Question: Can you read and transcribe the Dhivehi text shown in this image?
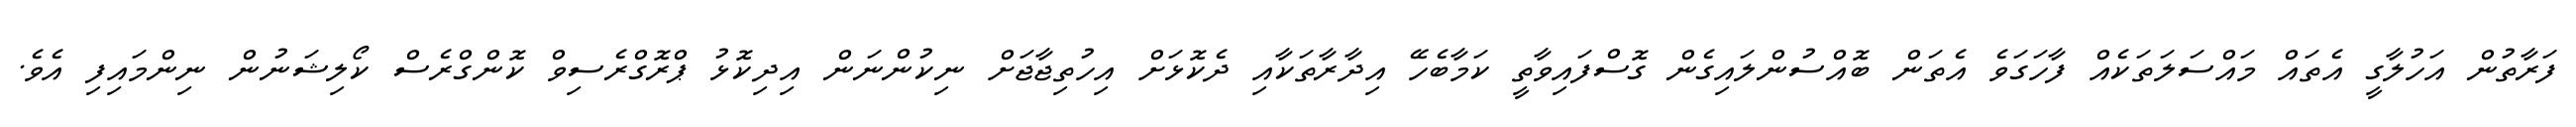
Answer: ފަރާތުން އަހުލާގީ އެތައް މައްސަލަތަކެއް ފާހަގަވެ އެތަން ބޮއްސުންލައިގެން ގޮސްފައިވާތީ ކަމާބެހޭ އިދާރާތަކާއި ދެކޮޅަށް އިހުތިޖާޖަށް ނިކުންނަން އިދިކޮޅު ޕްރޮގްރެސިވް ކޮންގްރެސް ކޯލިޝަނުން ނިންމައިފި އެވެ.